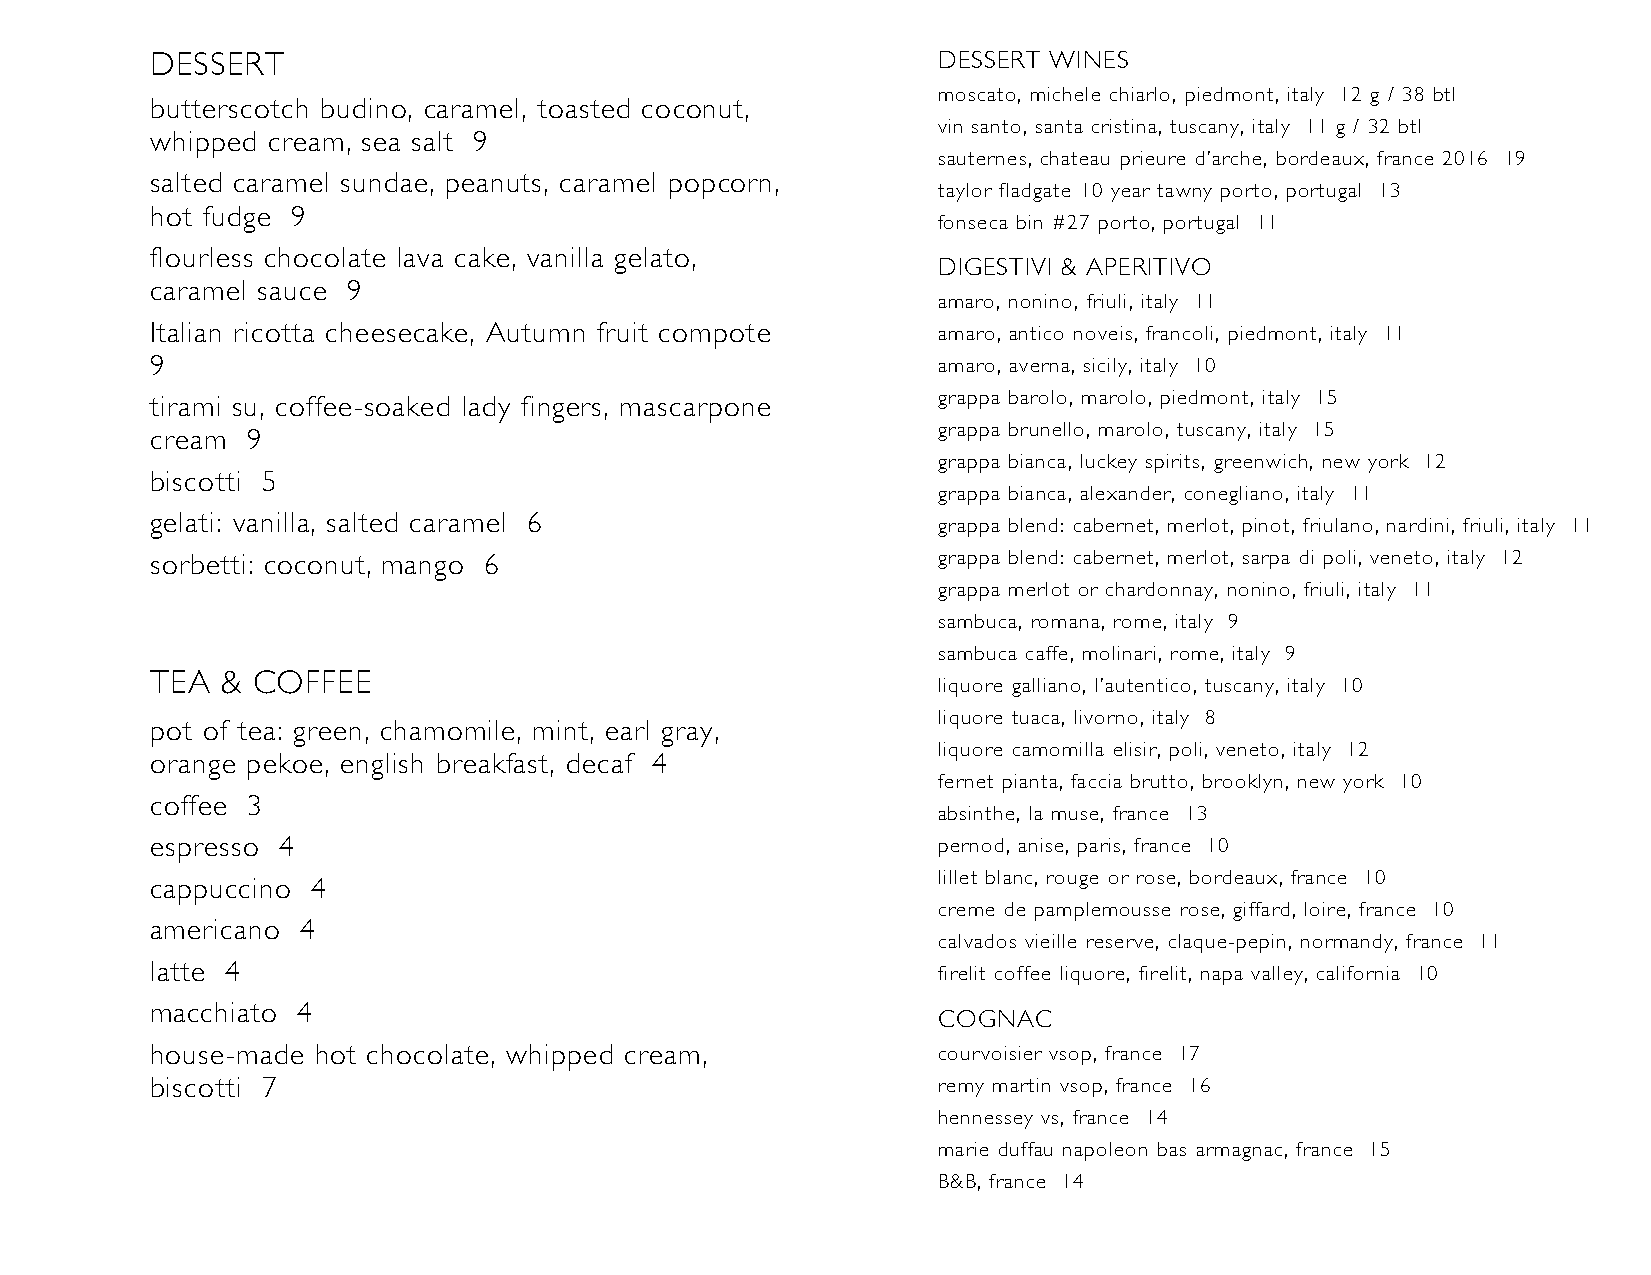
DESSERT                                             DESSERT WINES
 moscato, michele chiarlo, piedmont, italy 12 g / 38 btl
 butterscotch budino, caramel, toasted coconut,
 vin santo, santa cristina, tuscany, italy 11 g / 32 btl
 whipped cream, sea salt 9
 sauternes, chateau prieure d’arche, bordeaux, france 2016 19
 salted caramel sundae, peanuts, caramel popcorn,
 taylor fladgate 10 year tawny porto, portugal 13
 hot fudge 9
 fonseca bin #27 porto, portugal 11
 flourless chocolate lava cake, vanilla gelato,
 DIGESTIVI & APERITIVO
 caramel sauce 9
 amaro, nonino, friuli, italy 11
 Italian ricotta cheesecake, Autumn fruit compote    amaro, antico noveis, francoli, piedmont, italy 11
 9                                                   amaro, averna, sicily, italy 10
 tirami su, coffee-soaked lady fingers, mascarpone   grappa barolo, marolo, piedmont, italy 15
 grappa brunello, marolo, tuscany, italy 15
 cream 9
 grappa bianca, luckey spirits, greenwich, new york 12
 biscotti 5
 grappa bianca, alexander, conegliano, italy 11
 gelati: vanilla, salted caramel 6
 grappa blend: cabernet, merlot, pinot, friulano, nardini, friuli, italy 11
 sorbetti: coconut, mango 6                          grappa blend: cabernet, merlot, sarpa di poli, veneto, italy 12
 grappa merlot or chardonnay, nonino, friuli, italy 11
 sambuca, romana, rome, italy 9
 sambuca caffe, molinari, rome, italy 9
 TEA  & COFFEE
 liquore galliano, l’autentico, tuscany, italy 10
 liquore tuaca, livorno, italy 8
 pot of tea: green, chamomile, mint, earl gray,
 liquore camomilla elisir, poli, veneto, italy 12
 orange pekoe, english breakfast, decaf 4
 fernet pianta, faccia brutto, brooklyn, new york 10
 coffee 3
 absinthe, la muse, france 13
 espresso 4                                          pernod, anise, paris, france 10
 lillet blanc, rouge or rose, bordeaux, france 10
 cappuccino 4
 creme de pamplemousse rose, giffard, loire, france 10
 americano 4
 calvados vieille reserve, claque-pepin, normandy, france 11
 latte 4                                             firelit coffee liquore, firelit, napa valley, california 10
 macchiato 4
 COGNAC
 house-made hot chocolate, whipped cream,            courvoisier vsop, france 17
 biscotti 7                                          remy martin vsop, france 16
 hennessey vs, france 14
 marie duffau napoleon bas armagnac, france 15
 B&B, france 14